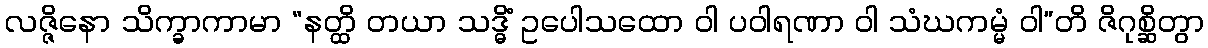
လဇ္ဇိနော သိက္ခာကာမာ “နတ္ထိ တယာ သဒ္ဓိံ ဥပေါသထော ဝါ ပဝါရဏာ ဝါ သံဃကမ္မံ ဝါ”တိ ဇိဂုစ္ဆိတွာ